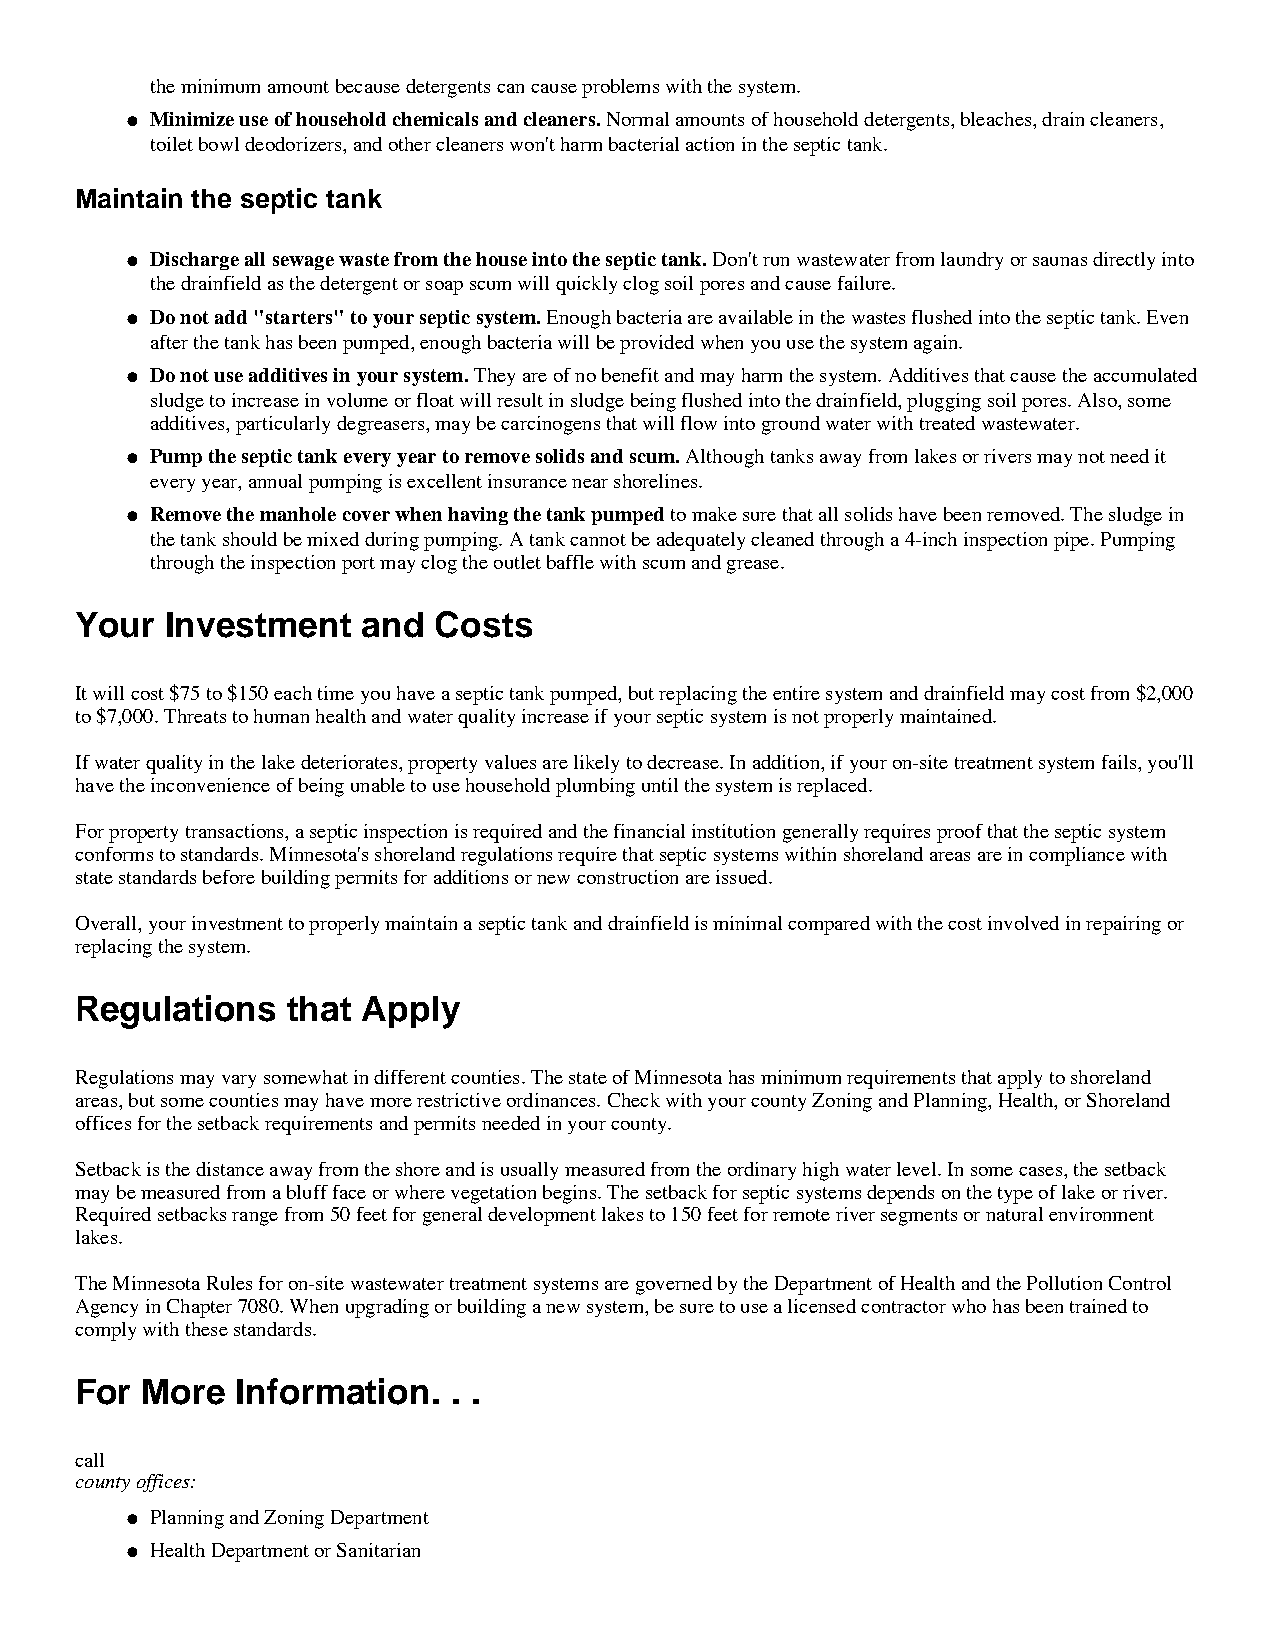
the minimum amount because detergents can cause problems with the system.
 l M inimize use of household chemicals and cleaners. Normal amounts of household detergents, bleaches, drain cleaners,
 toilet bowl deodorizers, and other cleaners won't harm bacterial action in the septic tank.
 Maintain the septic tank
 l D ischarge all sewage waste from the house into the septic tank. Don't run wastewater from laundry or saunas directly into
 the drainfield as the detergent or soap scum will quickly clog soil pores and cause failure.
 l D o not add "starters" to your septic system. Enough bacteria are available in the wastes flushed into the septic tank. Even
 after the tank has been pumped, enough bacteria will be provided when you use the system again.
 l D o not use additives in your system. They are of no benefit and may harm the system. Additives that cause the accumulated
 sludge to increase in volume or float will result in sludge being flushed into the drainfield, plugging soil pores. Also, some
 additives, particularly degreasers, may be carcinogens that will flow into ground water with treated wastewater.
 l P ump the septic tank every year to remove solids and scum. Although tanks away from lakes or rivers may not need it
 every year, annual pumping is excellent insurance near shorelines.
 l R emove the manhole cover when having the tank pumped to make sure that all solids have been removed. The sludge in
 the tank should be mixed during pumping. A tank cannot be adequately cleaned through a 4-inch inspection pipe. Pumping
 through the inspection port may clog the outlet baffle with scum and grease.
 Your  Investment   and  Costs
 It will cost $75 to $150 each time you have a septic tank pumped, but replacing the entire system and drainfield may cost from $2,000
 to $7,000. Threats to human health and water quality increase if your septic system is not properly maintained.
 If water quality in the lake deteriorates, property values are likely to decrease. In addition, if your on-site treatment system fails, you'll
 have the inconvenience of being unable to use household plumbing until the system is replaced.
 For property transactions, a septic inspection is required and the financial institution generally requires proof that the septic system
 conforms to standards. Minnesota's shoreland regulations require that septic systems within shoreland areas are in compliance with
 state standards before building permits for additions or new construction are issued.
 Overall, your investment to properly maintain a septic tank and drainfield is minimal compared with the cost involved in repairing or
 replacing the system.
 Regulations   that Apply
 Regulations may vary somewhat in different counties. The state of Minnesota has minimum requirements that apply to shoreland
 areas, but some counties may have more restrictive ordinances. Check with your county Zoning and Planning, Health, or Shoreland
 offices for the setback requirements and permits needed in your county.
 Setback is the distance away from the shore and is usually measured from the ordinary high water level. In some cases, the setback
 may be measured from a bluff face or where vegetation begins. The setback for septic systems depends on the type of lake or river.
 Required setbacks range from 50 feet for general development lakes to 150 feet for remote river segments or natural environment
 lakes.
 The Minnesota Rules for on-site wastewater treatment systems are governed by the Department of Health and the Pollution Control
 Agency in Chapter 7080. When upgrading or building a new system, be sure to use a licensed contractor who has been trained to
 comply with these standards.
 For More   Information.  . .
 call
 county offices:
 Planning and Zoning Department
 l
 Health Department or Sanitarian
 l